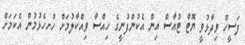
ފަސީހް ވިދާޅުވީ ޔޮޓް ޓުއާސް އިން އެކުންފުނީގެ ހިއްސާ ވިއްކާލުމަށް ހުށހެޅުމުން އެކަމަށް